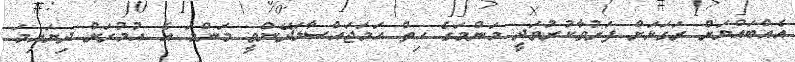
އެއްބައްޔަށް ރަގަޅަށް ފަރުވާކުރުވަދީ މަންމަގެ ހިތް ހަމަޖައްސާލަދޭންވީ މަންމަ އެ އުމުރަށް ދިޔައިމަ